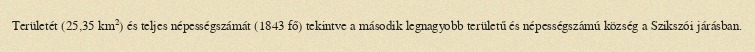
Területét (25,35 km²) és teljes népességszámát (1843 fő) tekintve a második legnagyobb területű és népességszámú község a Szikszói járásban.